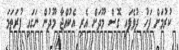
ކުރުމަށް ފަހު ދުވެފައި ގޮސް މޫދަށް އެރި އެކުއްޖާ މޫދުން ނަގައި ފުރަތަމަ